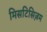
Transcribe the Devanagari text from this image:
मिसटिसिज़म